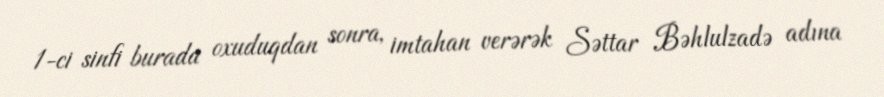
1-ci sinfi burada oxuduqdan sonra, imtahan verərək Səttar Bəhlulzadə adına